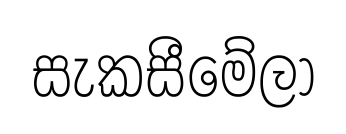
සැකසීමේලා